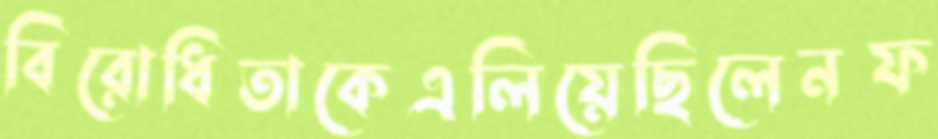
বিরোধিতাকেএলিয়েছিলেনফ